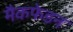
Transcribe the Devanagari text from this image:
मैकफेडन